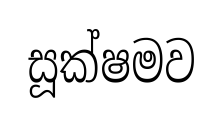
සූක්ෂමව